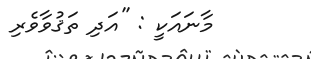
މާނައަކީ : ''އަދި ތަޤުވާވެރި